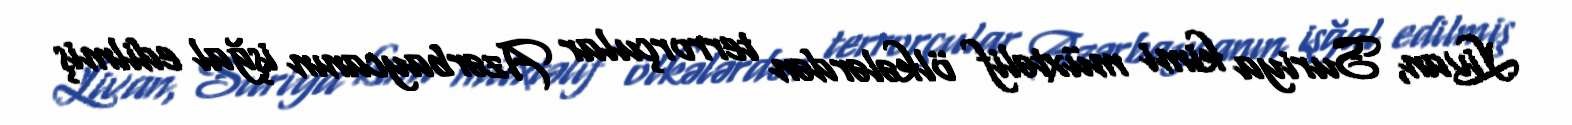
Livan, Suriya kimi müxtəlif ölkələrdən terrorçular Azərbaycanın işğal edilmiş